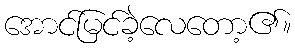
အောင်မြင်ခဲ့လေတော့၏။